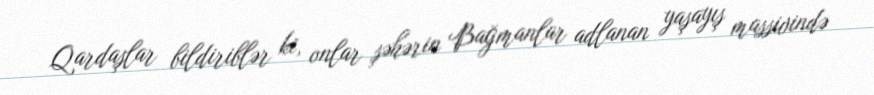
Qardaşlar bildiriblər ki, onlar şəhərin Bağmanlar adlanan yaşayış massivində